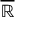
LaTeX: \overline { { \mathbb { R } } }